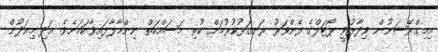
އިމިގްރޭޝަނުން ވިދާޅުވީ ޕޯޓަލްގެ ފެންވަރު ރަނގަޅުކުރުމަށް ކުރި މަސައްކަތް ނިންމާލާފައިވާކަމަށެވެ. އަދި މިއަދުން